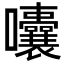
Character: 囔